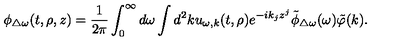
\phi _ { \triangle \omega } ( t , \rho , z ) = { \frac { 1 } { 2 \pi } } \int _ { 0 } ^ { \infty } d \omega \int d ^ { 2 } k u _ { \omega , k } ( t , \rho ) e ^ { - i k _ { j } z ^ { j } } \tilde { \phi } _ { \triangle \omega } ( \omega ) \tilde { \varphi } ( k ) .